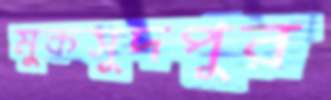
মুকসুদপুর